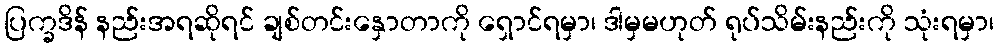
ပြက္ခဒိန် နည်းအရဆိုရင် ချစ်တင်းနှောတာကို ရှောင်ရမှာ၊ ဒါမှမဟုတ် ရုပ်သိမ်းနည်းကို သုံးရမှာ၊